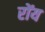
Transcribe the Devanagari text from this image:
रोंय